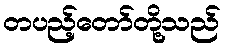
တပည့်တော်တို့သည်